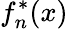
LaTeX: f_{n}^{*}(x)